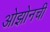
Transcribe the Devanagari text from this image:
ओझोनची